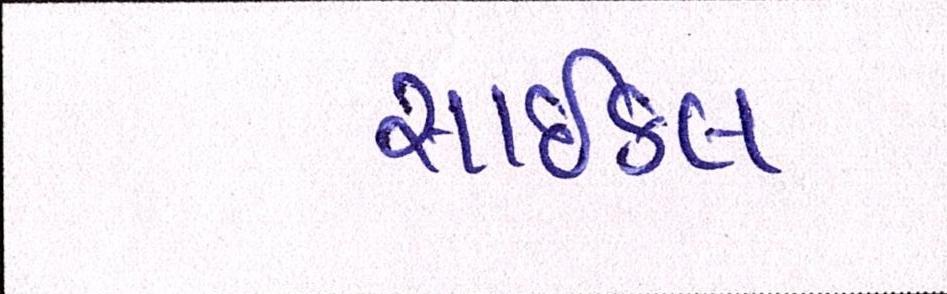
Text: સાઇકલ